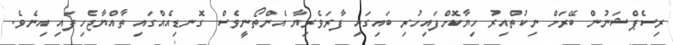
ރިސެޕްޝަނުން ބޭރަށް ނިކުތްއިރު ހިޔާކޮށްފައިހުރި ބައިގައި ފާރަވެރިޔާ އެންތޯނީވެސް ގޮނޑިއެއްގައި ތާއްޔާޖެހިފައި އިނެވެ.